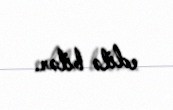
edilə bilər.